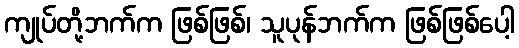
ကျုပ်တို့ဘက်က ဖြစ်ဖြစ်၊ သူပုန်ဘက်က ဖြစ်ဖြစ်ပေါ့